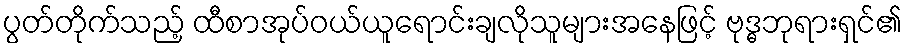
ပွတ်တိုက်သည့် ထီစာအုပ်ဝယ်ယူရောင်းချလိုသူများအနေဖြင့် ဗုဒ္ဓဘုရားရှင်၏